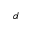
^ { d }